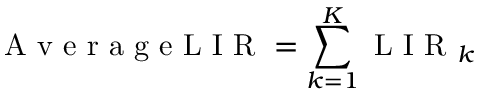
\mathrm { ~ A ~ v ~ e ~ r ~ a ~ g ~ e ~ L ~ I ~ R ~ } = \sum _ { k = 1 } ^ { K } \mathrm { ~ L ~ I ~ R ~ } _ { k }